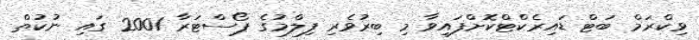
ވިކްރަމް ބަޓް ޑައިރެކްޓްކޮށްފައިވާ މި ބިރުވެރި ފިލްމުގެ ޕޯސްޓަރާ 2001 ގައި ނުކުތް